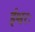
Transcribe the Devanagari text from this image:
ईश्वरः